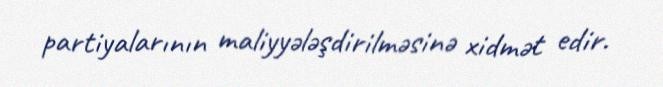
partiyalarının maliyyələşdirilməsinə xidmət edir.